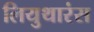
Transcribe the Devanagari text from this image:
लियुथारंस